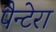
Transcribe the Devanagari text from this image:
पैन्टेरा